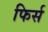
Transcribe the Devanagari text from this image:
फिर्स